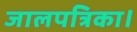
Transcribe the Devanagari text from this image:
जालपत्रिका।